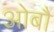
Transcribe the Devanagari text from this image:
ओबौ